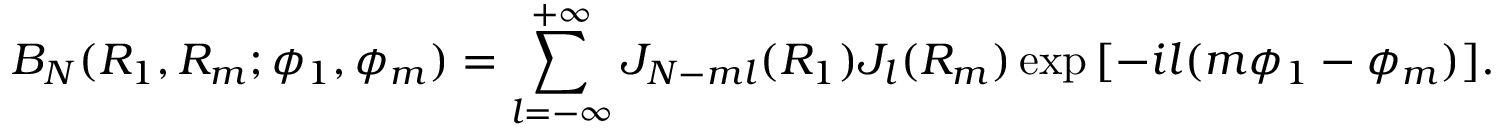
B _ { N } ( R _ { 1 } , R _ { m } ; \phi _ { 1 } , \phi _ { m } ) = \sum _ { l = - \infty } ^ { + \infty } J _ { N - m l } ( R _ { 1 } ) J _ { l } ( R _ { m } ) \exp { [ - i l ( m \phi _ { 1 } - \phi _ { m } ) ] } .